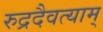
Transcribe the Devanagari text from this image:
रुद्रदैवत्याम्